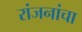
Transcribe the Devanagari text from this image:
रांजनांचा